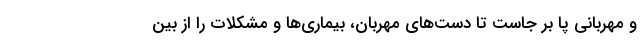
و مهربانی پا بر جاست تا دست‌های مهربان، بیماری‌ها و مشکلات را از بین